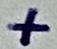
Text: +